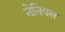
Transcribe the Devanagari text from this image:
नेनियस